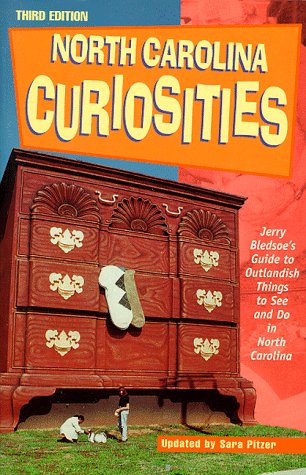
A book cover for North Carolina Curiosities, 3rd: Jerry Bledsoe's Guide to Outlandish Things to See and Do in North Carolina (Curiosities Series); Sara Pitzer; Travel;